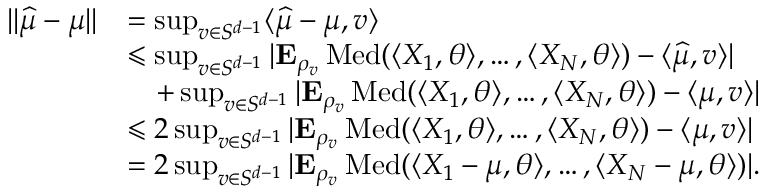
\begin{array} { r l } { \| \widehat { \mu } - \mu \| } & { = \operatorname* { s u p } _ { v \in S ^ { d - 1 } } \langle \widehat { \mu } - \mu , v \rangle } \\ & { \leqslant \operatorname* { s u p } _ { v \in S ^ { d - 1 } } | { \mathbf E } _ { \rho _ { v } } \operatorname { M e d } ( \langle X _ { 1 } , \theta \rangle , \ldots , \langle X _ { N } , \theta \rangle ) - \langle \widehat { \mu } , v \rangle | } \\ & { \quad + \operatorname* { s u p } _ { v \in S ^ { d - 1 } } | { \mathbf E } _ { \rho _ { v } } \operatorname { M e d } ( \langle X _ { 1 } , \theta \rangle , \ldots , \langle X _ { N } , \theta \rangle ) - \langle \mu , v \rangle | } \\ & { \leqslant 2 \operatorname* { s u p } _ { v \in S ^ { d - 1 } } | { \mathbf E } _ { \rho _ { v } } \operatorname { M e d } ( \langle X _ { 1 } , \theta \rangle , \ldots , \langle X _ { N } , \theta \rangle ) - \langle \mu , v \rangle | } \\ & { = 2 \operatorname* { s u p } _ { v \in S ^ { d - 1 } } | { \mathbf E } _ { \rho _ { v } } \operatorname { M e d } ( \langle X _ { 1 } - \mu , \theta \rangle , \ldots , \langle X _ { N } - \mu , \theta \rangle ) | . } \end{array}